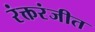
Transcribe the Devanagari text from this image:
रंक्तरंजीत